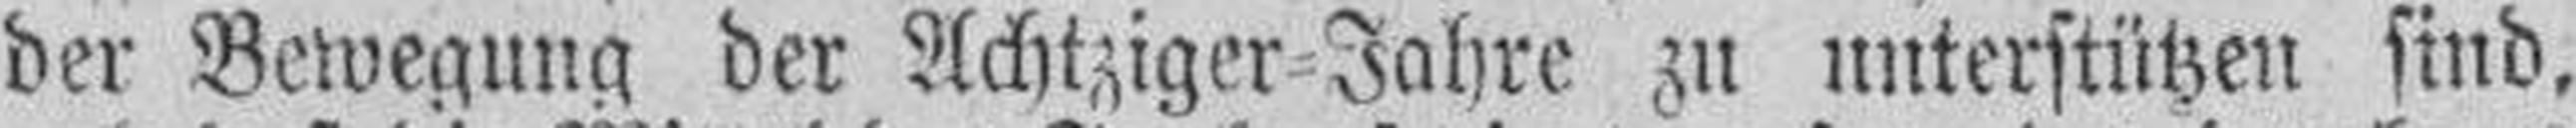
der Bewegung der Achtziger=Jahre zu unterstützen sind,